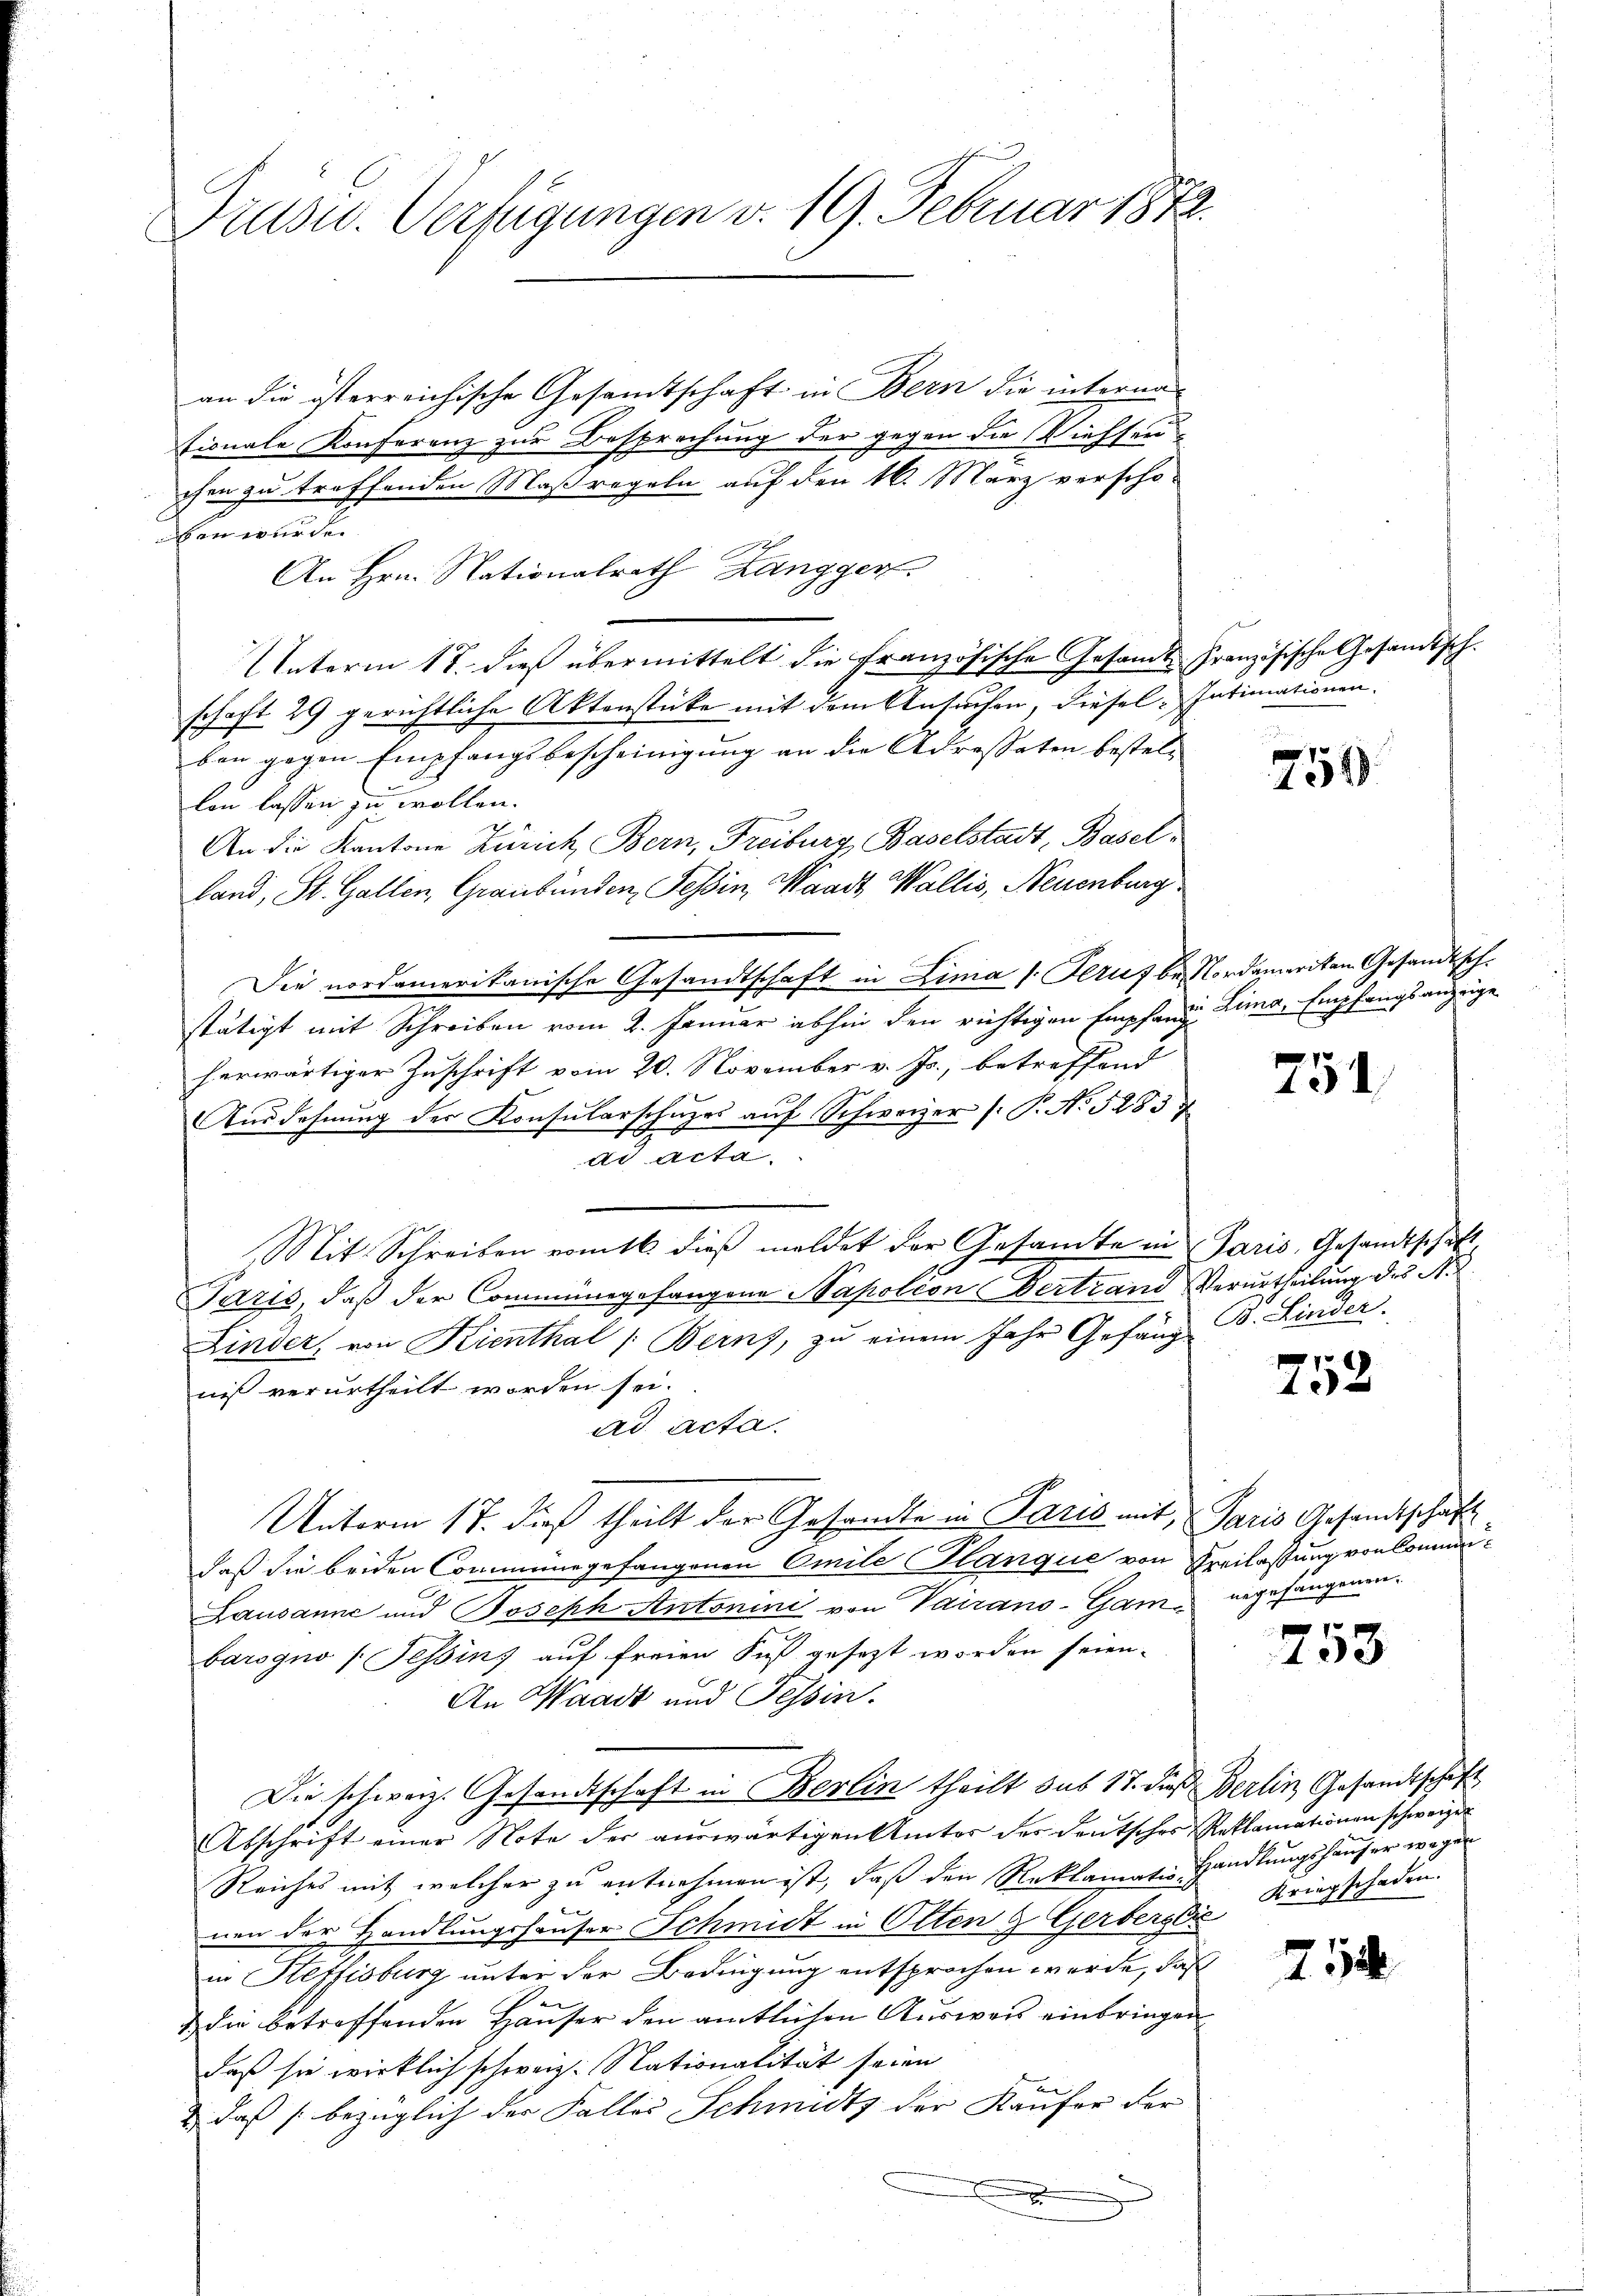
Druse. Verfügungen v. 19. Februar 1872

an die österreichische Gesandtschaft in Bern die interna
tionale Konferenz zur Besprechung der gegen die Wiessen-
chen zu treffenden Maßregeln auf den 16. März verschoben werden
An Hrn. Stationalrath Zangger
Unterm 18. dieß übermittelt die Französische Gesamt Französische Gesandtschschaft 29 gerichtliche Aktenstücke mit dem Ansuchen, diesel Intimationen.
ben gegen Empfangsbescheinigung an die Adressaten bestel-
lon lassen zu wollen.
An die Kantone Zürich Bern, Freiburg, Baselstadt, Basel
land, St. Gallen, Graubünden Tessin, Waadt, Wallis, Neuenburg
Die nordamerikanische Gesandtschaft in Lima /: Jerus bei Nordameriten Gesandtsch.
stätigt mit Schreiben vom 2. Januar abhin den richtigen Empfand Lima, Empfangsanzeige
herwärtiger Zuschrift vom 20. November v. Js., betreffend
Ausdehnung der Konsularschuzes auf Schweizer (: P. No. 5283 f.
ad acta.
Mit Schreiben vom 16 dieβ meldet der Gesandte in Paris, Gesandtschaft
Paris, daß der Commungefangene Napoléon Vertrand Verurtheilung des N.
Linder, von Kienthal (Berns, zu einem Jahr Gefang B. Linder
niß verurtheilt worden sei.
ad acta.
Unterm 17. dieß theilt der Gesandte in Paris mit Paris Gesandtschaft
daß die beiden Commungefangenen Omile Stanque von Freilassung von kommen¬
Lausanne und Joseph Antonini von Vairano-Gam angefangenen
barogno (Tessin, auf freien Fuß gesezt worden seien.
An Waadt und Tessin.
Die schweiz. Gesandtschaft in Berlin theilt sus 17. dieß Berlin Gesandtschaft
Abschrift einer Note der aŭswärtigen Amtes der deutsches Reklamationen schweizer
Reiches mit welcher zu entnehmen ist, daß den Reklamatio Handlungshauser wegen
nen der Handlungshauser Schmidt in Olten & Gerbersdis Kriegschaden.
in Steffisburg unter der Bedingung entsprochen werde, das
 die betreffenden Hauser den amtlichen Ausweis einbringen
daß sie wirklich schweiz. Nationalität seien
2, daß bezüglich der Falles Schmidts der Käufer der

7
1079.

751

752

x
403

714